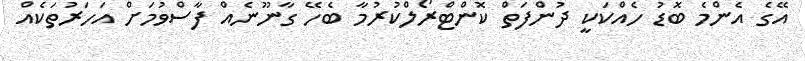
އޭގެ އެންމެ ބޮޑު ހެއްކަކީ ދުންފަތް ކޮންޓްރޯލްކުރުމާ ބެހޭ ގާނޫނެއް ފާސްވުމަށް އަހަރުތަކެއް